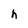
Character: h